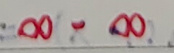
\(\infty - \infty\)